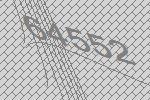
64552